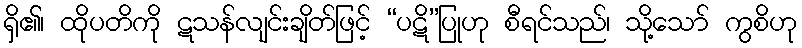
ရှိ၏၊ ထိုပတိကို ဋသန်လျင်းချိတ်ဖြင့် “ပဋိ”ပြုဟု စီရင်သည်၊ သို့သော် ကွစိဟု